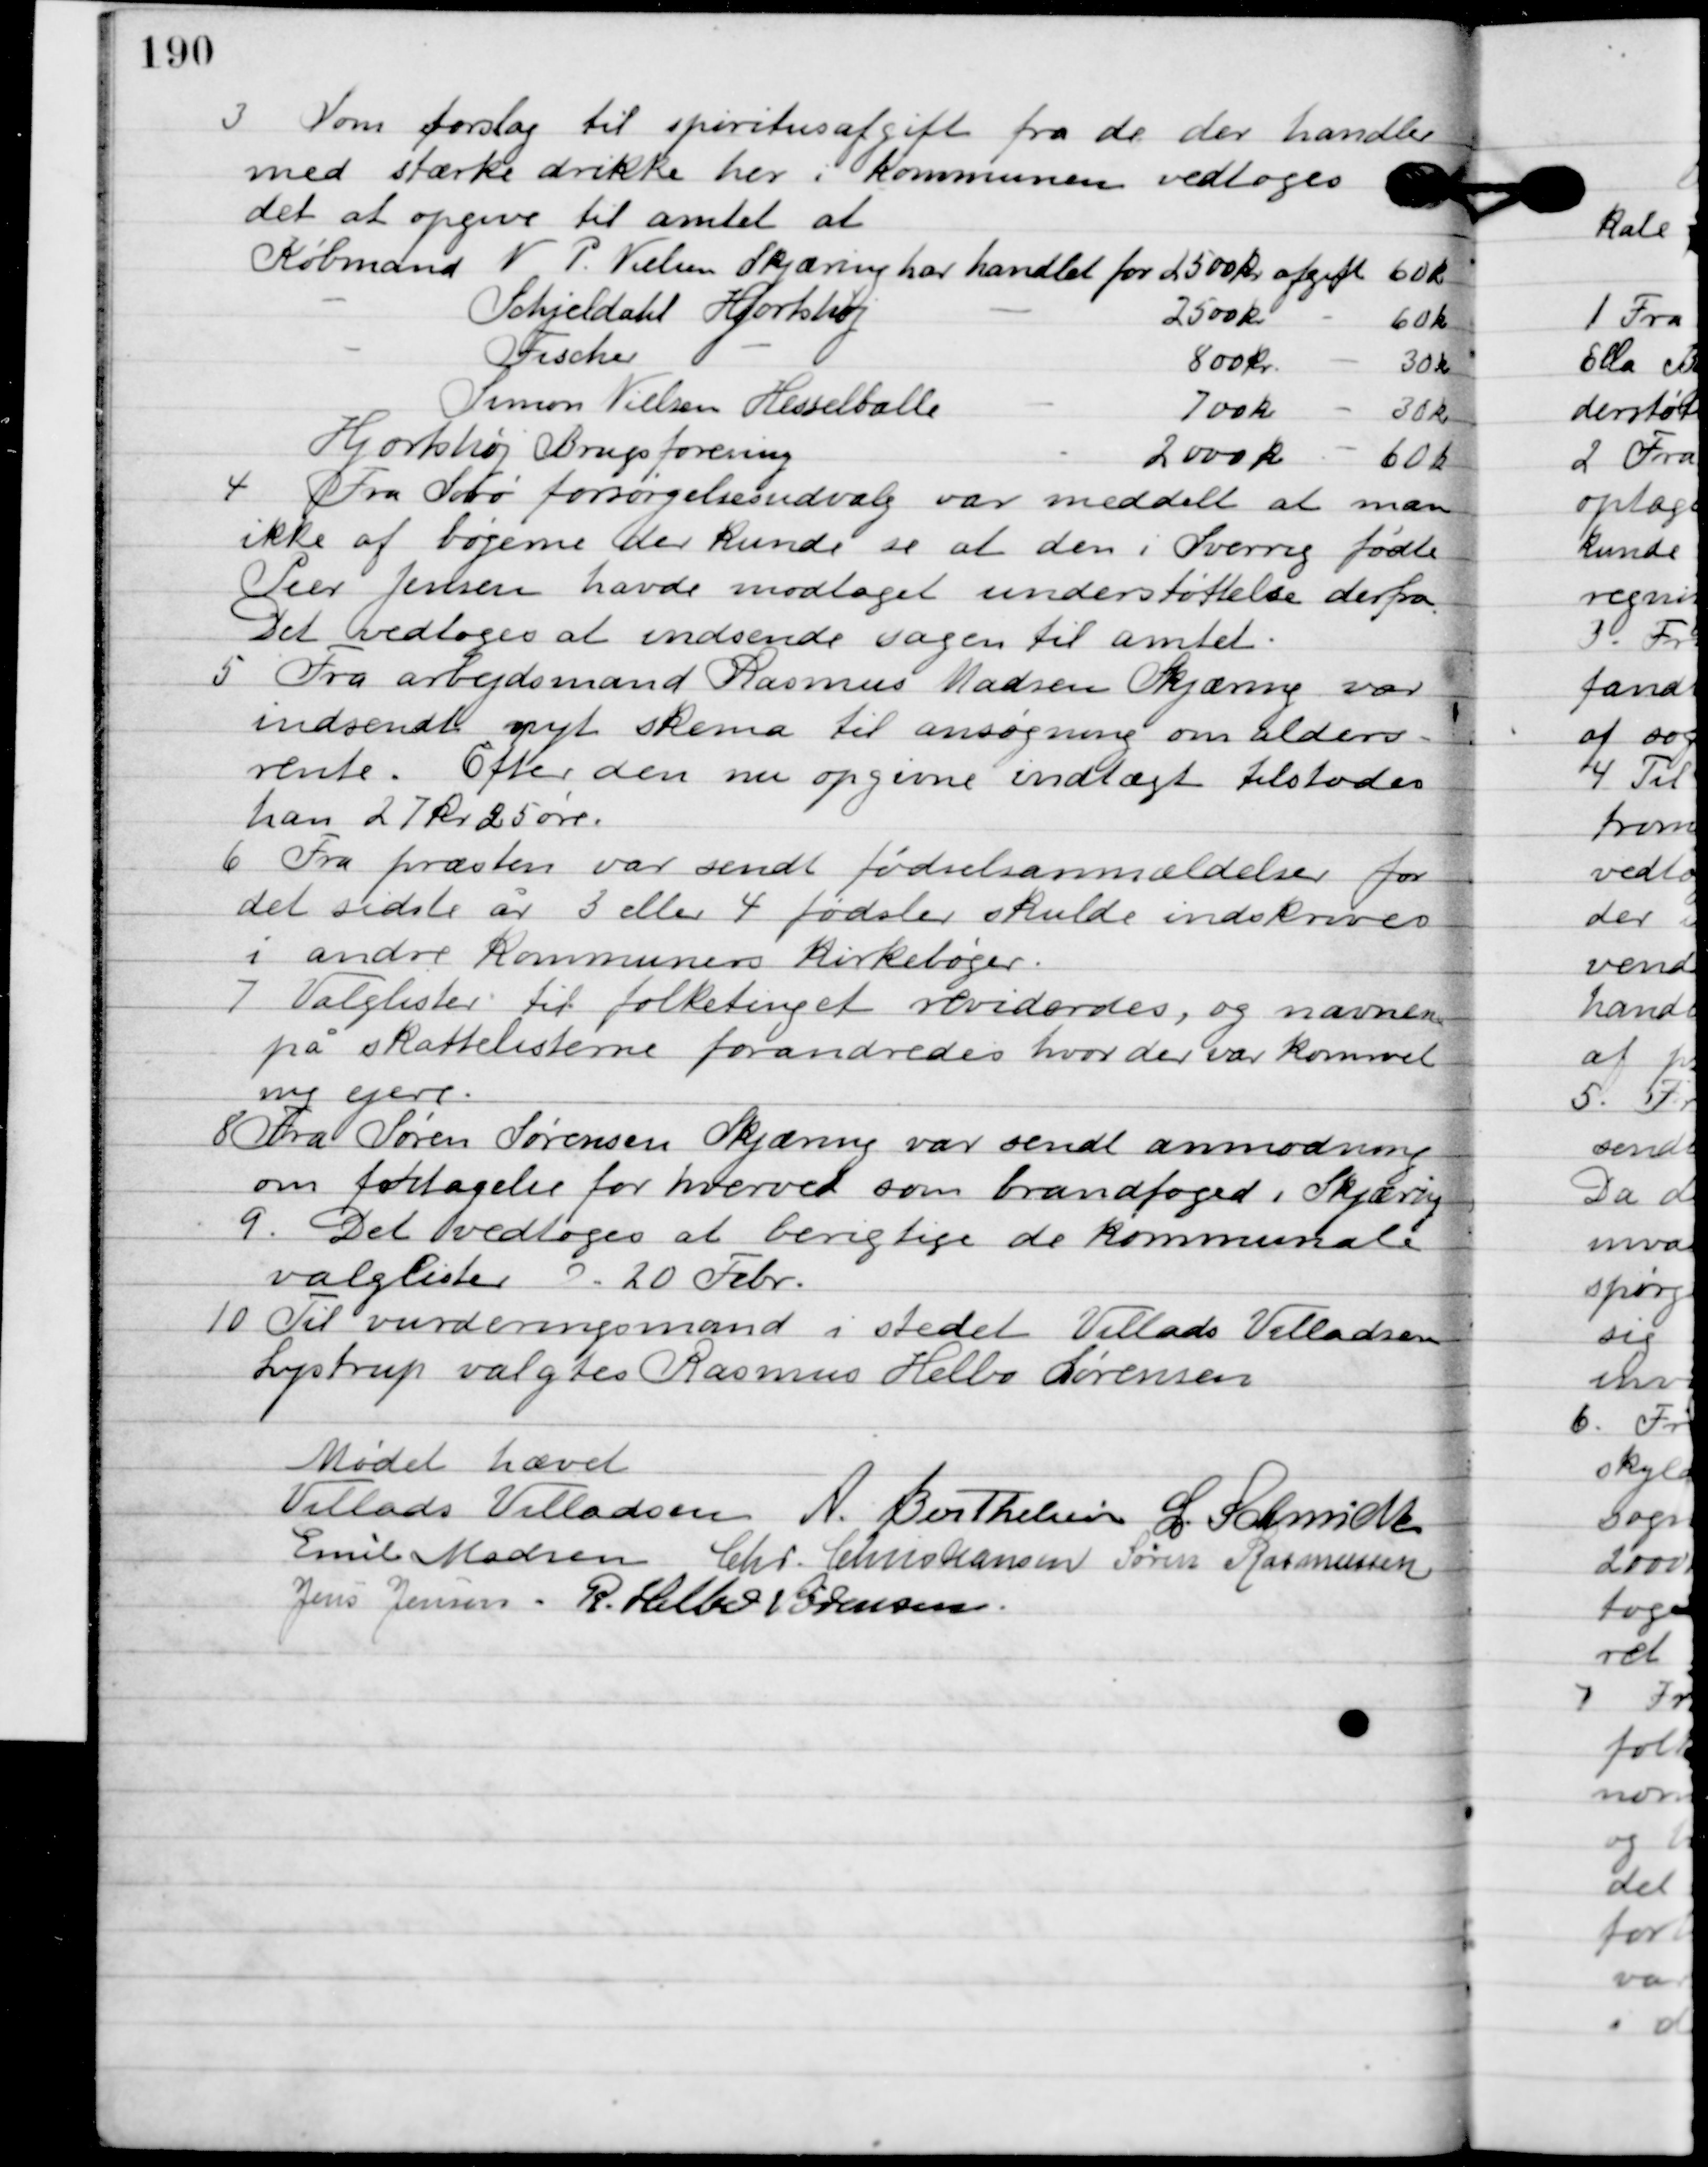
Transskription:
3

Som forslag til spiritusafgift fra de der handler
med stærke drikke her kommunen vedtoges
 det at opgive til amtet at:
Købmand	N. P. Nielsen  			har handlet for		2500 	kr.		Afgift 	60 kr.
		-			Schjeldahl Hjortshøj				-				2500	kr. 		-		60 kr.
		-			Fischer 			-						-				800 		kr.			-		30 kr.
		-			Simon Nielsen Hesselballe	-				700		kr.			-		30 kr.
	Hjortshøj brugsforening							-				2000 	kr.			-		60 kr.

4

Fra Søbo forsørgelsesudvalg var meddelt at man
ikke af bøgerne der kunde se at den i Sverrig fødte
Peer Jensen havde modtaget understøttelse derfra.
Det vedtoges at indsende sagen til amtet.

5

Fra arbejdsmand Rasmus Madsen Skjæring var
indsendt nyt skema til ansøgning om alders-
rente. Efter den nu opgivne indtægt tilstodes
han 27 kr. 25 øre.

6

Fra præsten var sendt fødselsanmældelse for
det sidste år 3 eller 4 fødsler skulde indskrives
i andre kommuners kirkebøger.

7

Valglister fik folketinget revideres, og navne
på skatte listerne forandredes hvor der var kommet
 ny ejere.

8

Fra Søren Sørensen Skjæring var sendt anmodning
om fritagelse for hvervet som brandfoged i Skjæring.

9

Det vedtoges at berigtige de kommunale
valglister D. 20 febr.

10

Til vurderingsmand i stedet Villads Villadsen
Lystrup valgtes Rasmus Helbo Sørensen.

Mødet hævet

Villads J. Villadsen
A. Berthelsen
I. Schmidt
Emil Madsen
Chr. Christiansen
Søren Rasmussen
Jens Jensen
R. Helbo Sørensen